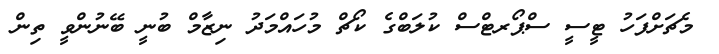
މެޗަށްފަހު ޓީސީ ސްޕޯރޓްސް ކުލަބްގެ ކޯޗް މުހައްމަދު ނިޒާމް ބުނީ ބޭނުންވީ ތިން